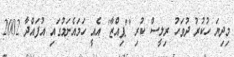
މިދިޔަ ހުކުރު ދުވަހު ރިލީސް ކުރި ''ޕިއްޒާ'' އެއީ ހަމައެނަމުގައި އުފައްދާ 2002